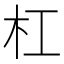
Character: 杠